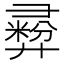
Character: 彛